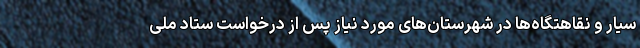
سیار و نقاهتگاه‌ها در شهرستان‌های مورد نیاز پس از درخواست ستاد ملی